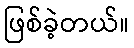
ဖြစ်ခဲ့တယ်။